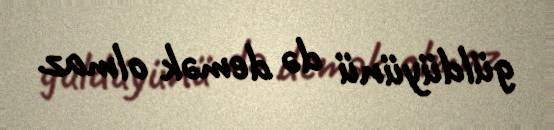
güldüyünü də demək olmaz.